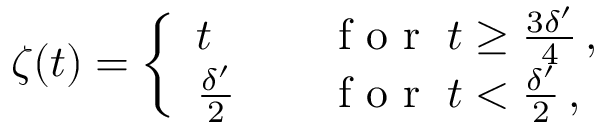
\zeta ( t ) = \left\{ \begin{array} { l l } { t } & { \quad \mathrm { ~ f ~ o ~ r ~ } \; t \geq \frac { 3 \delta ^ { \prime } } { 4 } \, , } \\ { \frac { \delta ^ { \prime } } { 2 } } & { \quad \mathrm { ~ f ~ o ~ r ~ } \; t < \frac { \delta ^ { \prime } } { 2 } \, , } \end{array} \right.